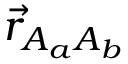
\vec { r } _ { A _ { a } A _ { b } }